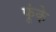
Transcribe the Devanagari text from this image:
फूंके